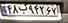
۴۸ب۹۴۲۶۷